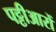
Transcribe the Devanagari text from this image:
पट्टीआरों